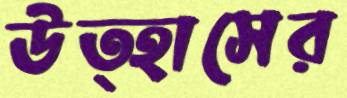
উত্হাসের